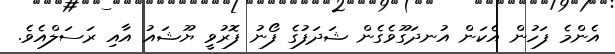
އެންމެ ފަހުން އެކަން އުނދަގޫވެގެން ޝަދަފުގެ ފޯނު ފޮރުވީ ޔޫޝައު އާއި ރަސަލްއެވެ.